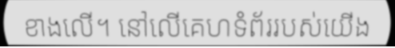
ខាងលើ។ នៅលើគេហទំព័ររបស់យើង